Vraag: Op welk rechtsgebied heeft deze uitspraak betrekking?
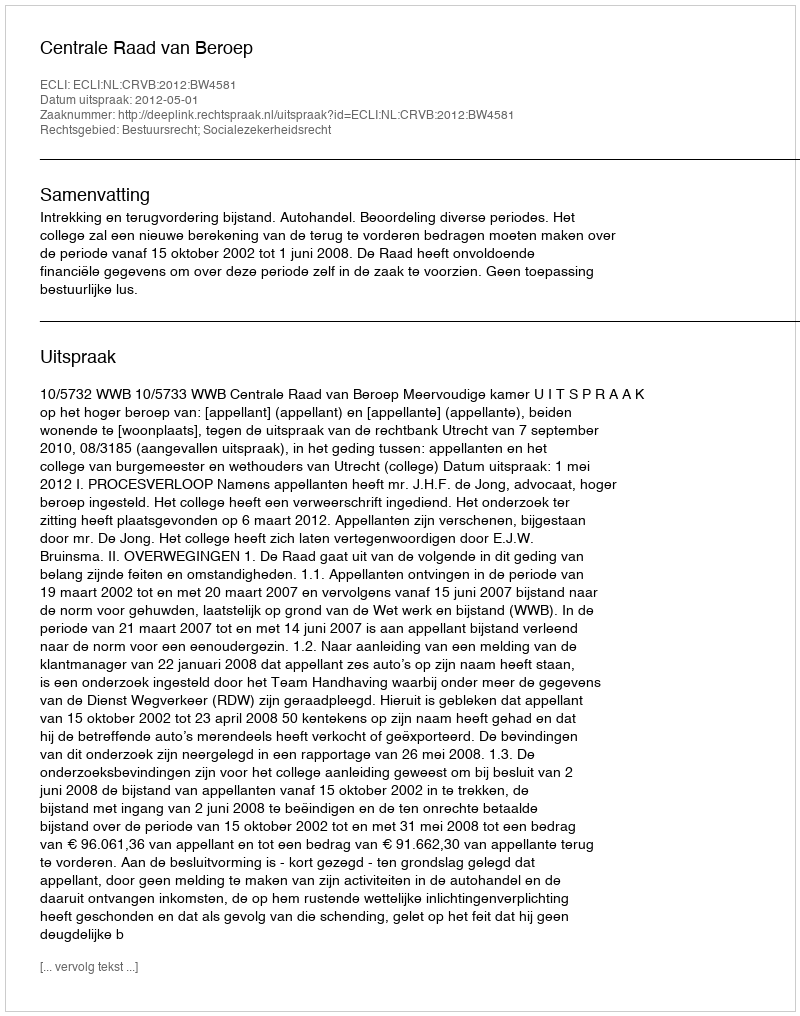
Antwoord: Bestuursrecht; Socialezekerheidsrecht